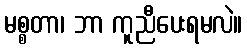
မစ္စတာ၊ ဘာ ကူညီပေးရမလဲ။